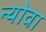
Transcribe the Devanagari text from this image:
न्योवा